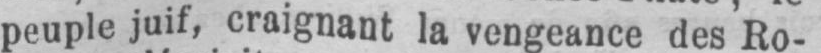
peuple juif, craignant la vengeance des Ro-